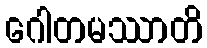
ဂေါတမဿာတိ